341_110677_Numerical_File,_5-2500
Agency: Department of War
Incident date: 10/14/55
Incident location: Azerbaijan
Page 3
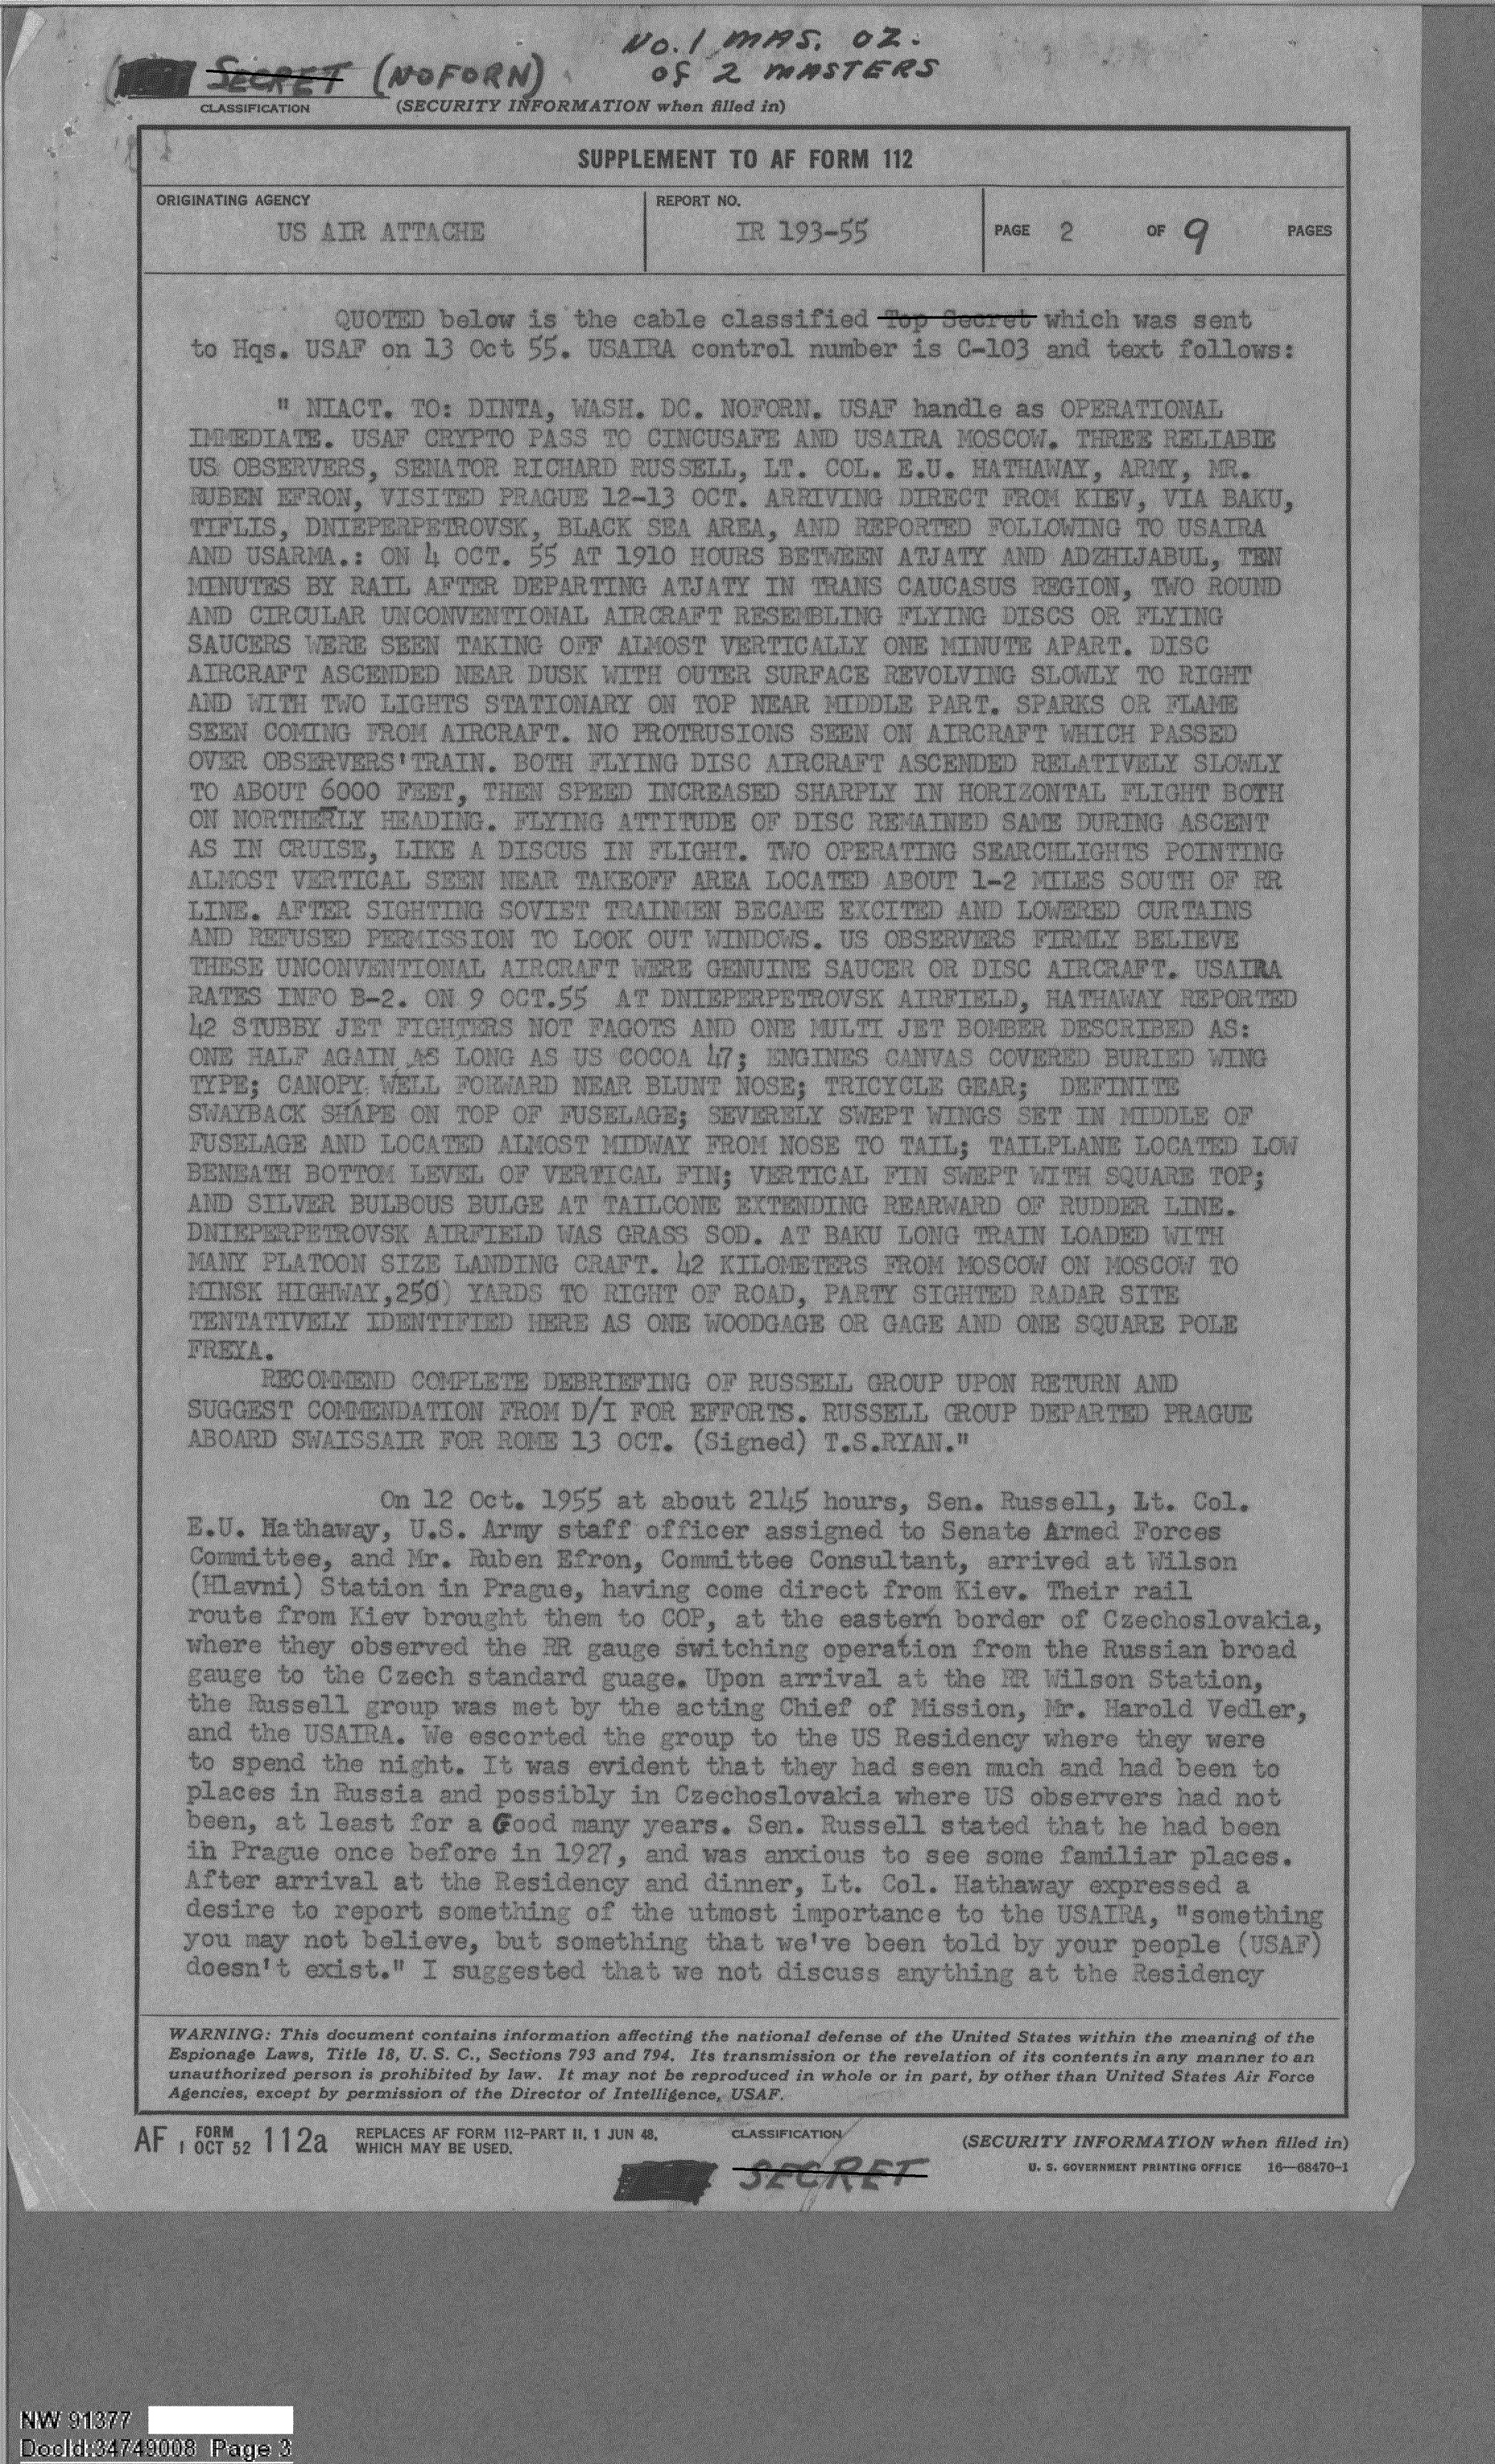